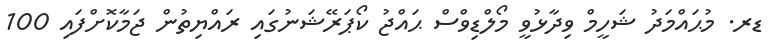
ޑރ. މުޙައްމަދު ޝަހީމް ވިދާޅުވީ މޯލްޑިވްސް ޙައްޖު ކޯޕަރޭޝަނުގައި ރައްޔިތުން ޖަމާކޮށްފައި 100